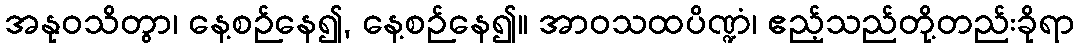
အနုဝသိတွာ၊ နေ့စဉ်နေ၍, နေ့စဉ်နေ၍။ အာဝသထပိဏ္ဍံ၊ ဧည့်သည်တို့တည်းခိုရာ